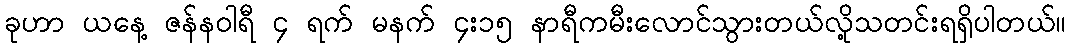
ခုဟာ ယနေ့ ဇန်နဝါရီ ၄ ရက် မနက် ၄း၁၅ နာရီကမီးလောင်သွားတယ်လို့သတင်းရရှိပါတယ်။